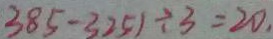
3 8 5 - 3 2 5 1 \div 3 = 2 0 ,